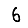
Digit: 6